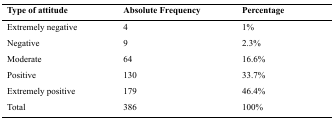
| Type of attitude | Absolute Frequency | Percentage |
 | --- | --- | --- |
 | Extremely negative | 4 | 1% |
 | Negative | 9 | 2.3% |
 | Moderate | 64 | 16.6% |
 | Positive | 130 | 33.7% |
 | Extremely positive | 179 | 46.4% |
 | Total | 386 | 100% |